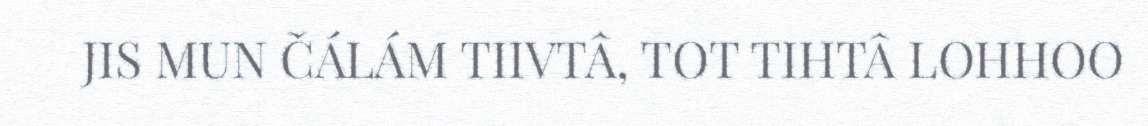
JIS MUN ČÁLÁM TIIVTÂ, TOT TIHTÂ LOHHOO